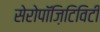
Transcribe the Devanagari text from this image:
सेरोपॉज़िटिविटी